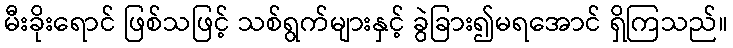
မီးခိုးရောင် ဖြစ်သဖြင့် သစ်ရွက်များနှင့် ခွဲခြား၍မရအောင် ရှိကြသည်။